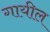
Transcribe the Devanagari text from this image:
गायील